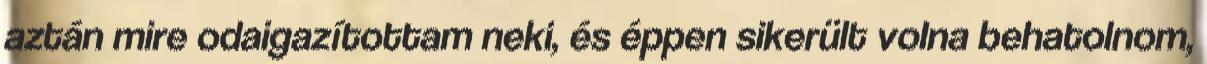
aztán mire odaigazítottam neki, és éppen sikerült volna behatolnom,